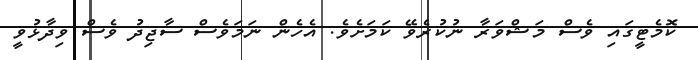
ކޮމެޓީގައި ވެސް މަޝްވަރާ ނުކުރެވޭ ކަމަށެވެ. އެހެން ނަމަވެސް ސާޖިދު ވެސް ވިދާޅުވީ